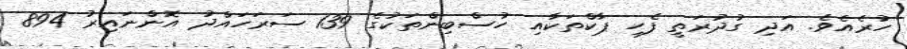
ހުރެއެވެ. އަދި ގުދުރަތީ ފެހި ޕާކްތަކާއި ހުސްބިންތަކުގެ 139 ސަރަހައްދު އޮންނައިރު 894